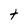
Character: T